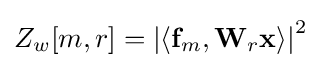
Z_{w}[m,r]=\left|\left\langle \mathbf {f} _{m},\mathbf {W} _{r}\mathbf {x} \right\rangle \right|^{2}